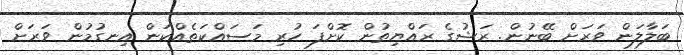
ބަލާލަން ވަރަށް ބޭނުން. ރަޝުގެ ރައްޔިތުން ކޮށްފަ ހުރި މަސައްކަތެއްކަން އިނގުމުން ވަރަށް